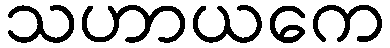
သဟာယကေ